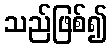
သည်ဖြစ်၍